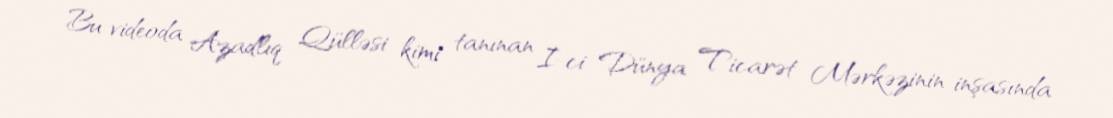
Bu videoda Azadlıq Qülləsi kimi tanınan I-ci Dünya Ticarət Mərkəzinin inşasında